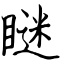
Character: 瞇